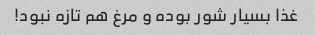
غذا بسیار شور بوده و مرغ هم تازه نبود!